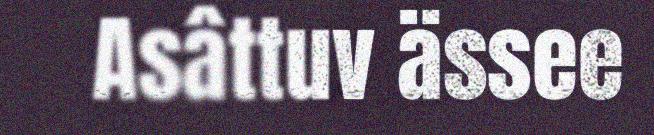
Asâttuv ässee